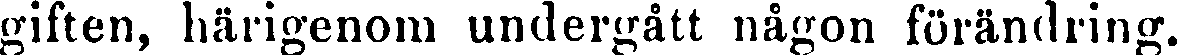
giften, härigenom undergått någon förändring.